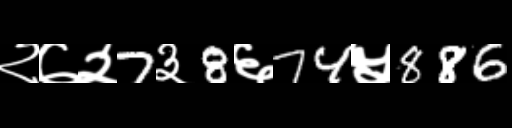
Text: २७२7३8६74५886